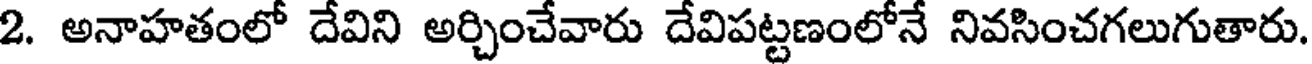
2. అనాహతంలో దేవిని అర్చించేవారు దేవిపట్టణంలోనే నివసించగలుగుతారు